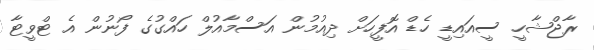
ރާޖްޝާހީ ސީއައިޑީ ހެޑް އޮފީހަށް ދިއުމުން އަސްމާއުލް ހައްގުގެ ފޯނުން އެ ޓްވީޓާ